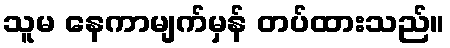
သူမ နေကာမျက်မှန် တပ်ထားသည်။